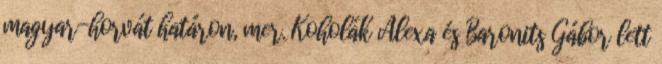
magyar-horvát határon, mer. Koholák Alexa és Baronits Gábor lett